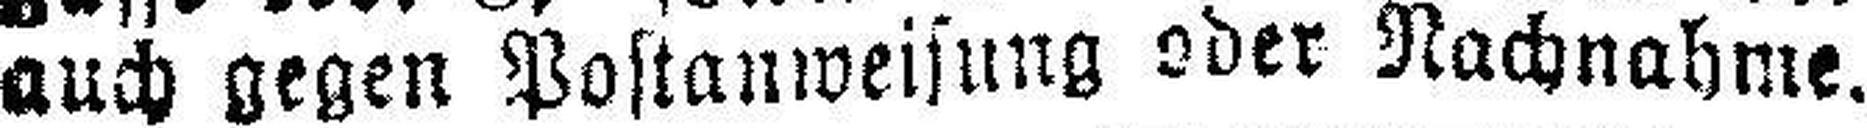
auch gegen Postanweisung oder Nachnahme.